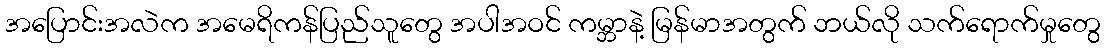
အပြောင်းအလဲက အမေရိကန်ပြည်သူတွေ အပါအဝင် ကမ္ဘာနဲ့ မြန်မာအတွက် ဘယ်လို သက်ရောက်မှုတွေ